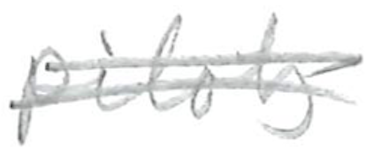
Text: pilots
Cross-out: double-line
Writing tool: pencil